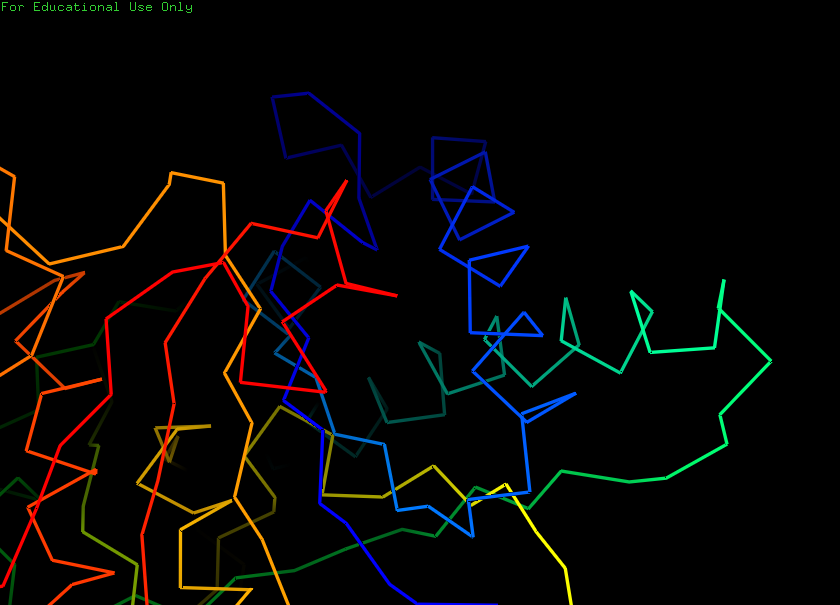
pymol, preset, ligand_sites_hq